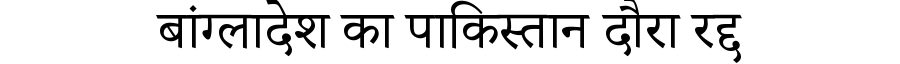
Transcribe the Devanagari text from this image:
बांग्लादेश का पाकिस्तान दौरा रद्द